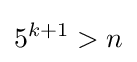
5^{k+1}>n